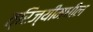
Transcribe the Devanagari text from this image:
त्रिज्यीमधील